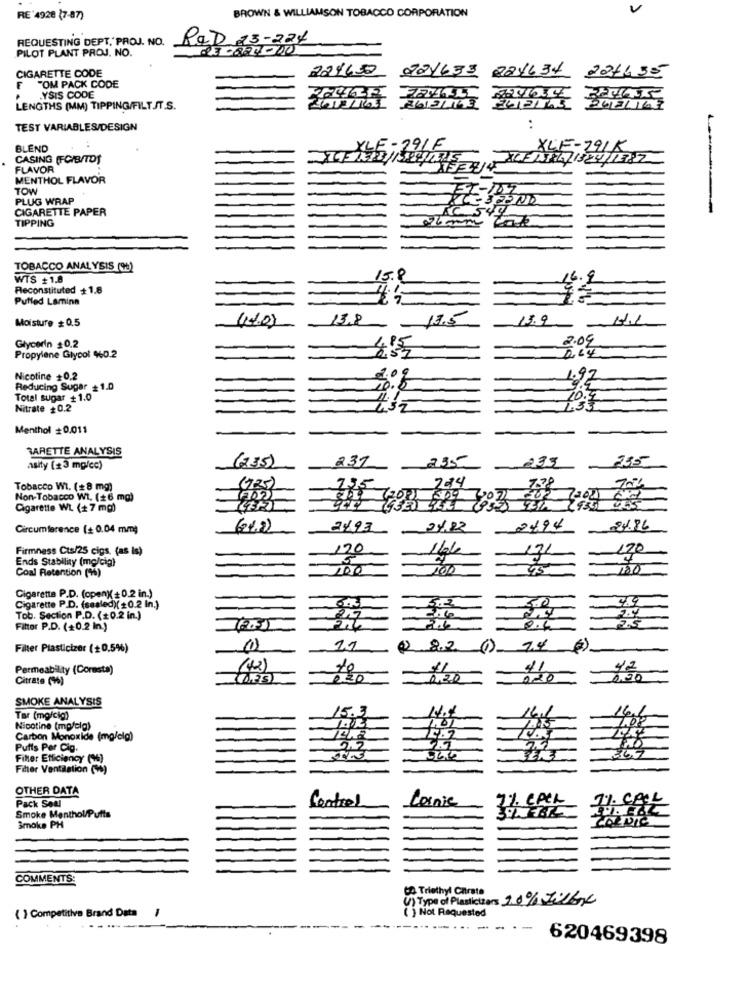
BROWN & WILLIAMSON TOBACCO CORPORATION
V
RE 4928 (7-87)
REQUESTING DEPT, PROJ. NO.
RED 23-224
PILOT PLANT PROJ. NO.
229639
721633 221634
221435
CIGARETTE CODE
"OM PACK CODE
YSIS CODE
LENGTHS (MM) TIPPING/FILT.IT.S.
343L163
TEST VARIABLES/DESIGN
BLEND
,29/F
XLE-291K
CASING (FC/BITOS
XCFA17 1324 1782
FLAVOR
MENTHOL FLAVOR
TOW
PLUG WRAP
CIGARETTE PAPER
TIPPING
06 mm
IC 549
TOBACCO ANALYSIS (95)
WTS +1.8
15.8
16.9
Reconstituted + 1.8
Puffed Lamina
Moisture # 0.5
(1403
13.9
2.09
Glycerin $0.2
D.LY
Propylene Glycol 460.2
Nicotine +0,2
2.09
9.5
Reducing Sugar #1.0
10.5
Total sugar +1.0
10.9
Nitrate 0.2
432
Menthol +0.011
BARETTE ANALYSIS
(235)
237
235
235
asity (+ 3 mg/cc)
(725)
724
778
Tobacco WI. (#8 mg)
135
Non-Tobacco Wi. (+6 mg)
Cigarette WL (+ 7 mg)
5
Circumference (+ 0.04 mm)
(21)
29.22
2494
24.86
Firmness Cts/25 cigs. (as Is)
120
131
-
120
Ends Stability (mg/cig)
Coal Retention (%)
45
Cigarette P.D. (open)( +0.2 in.)
3.0
Cigarette P.D. (sealed)( 0.2 In.)
Tob. Section P.D. (#0.2 in.)
Fittor P.D. (+0.2 In.)
2.6
8.4
Filter Plasticizer (+0.5%)
21
Permeability (Coresta)
(42)
10
41
42
Citrate (W)
0,20
220
SMOKE ANALYSIS
15.3
Tar (mg/cig)
1.01
Nicotine (mg/dlg)
Carbon Monoxide (mg/olg)
14.2
Putts Per Cig.
2.2
Filter Efficiency (4)
Filter Ventilation (9%)
OTHER DATA
Pack Soul
Centros
Cornic
1% CALL
Smoke Menthol/Puits
Smoke PH
COMMENTS:
CO Triethyl Chtrata
(V) Type of Plasticizers 2.0% 2:16€
{ } Competitive Brand Data
-
( ) Not Requested
--
-
620469398